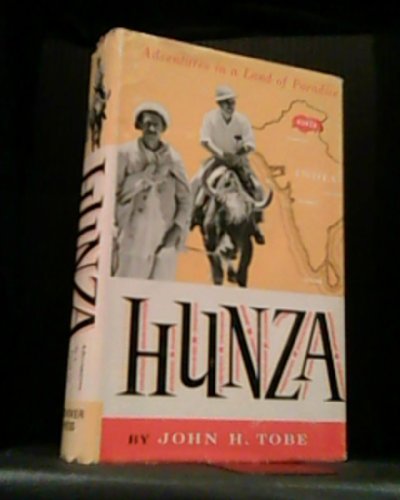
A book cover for Hunza: Adventures in a Land of Paradise; John H. Tobe; Travel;